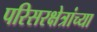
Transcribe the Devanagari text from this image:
परिसरक्षेत्रांच्या